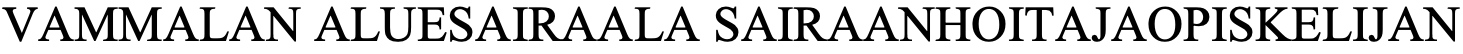
VAMMALAN  ALUESAIRAALA SAIRAANHOITAJAOPISKELIJAN